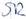
Text: SR